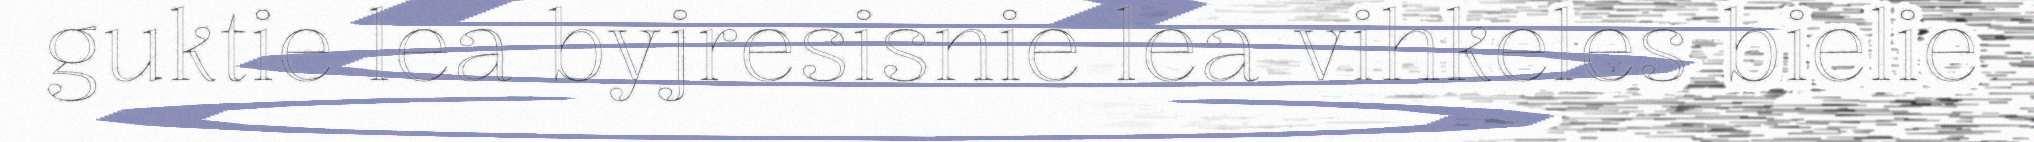
guktie lea byjresisnie lea vihkeles bielie